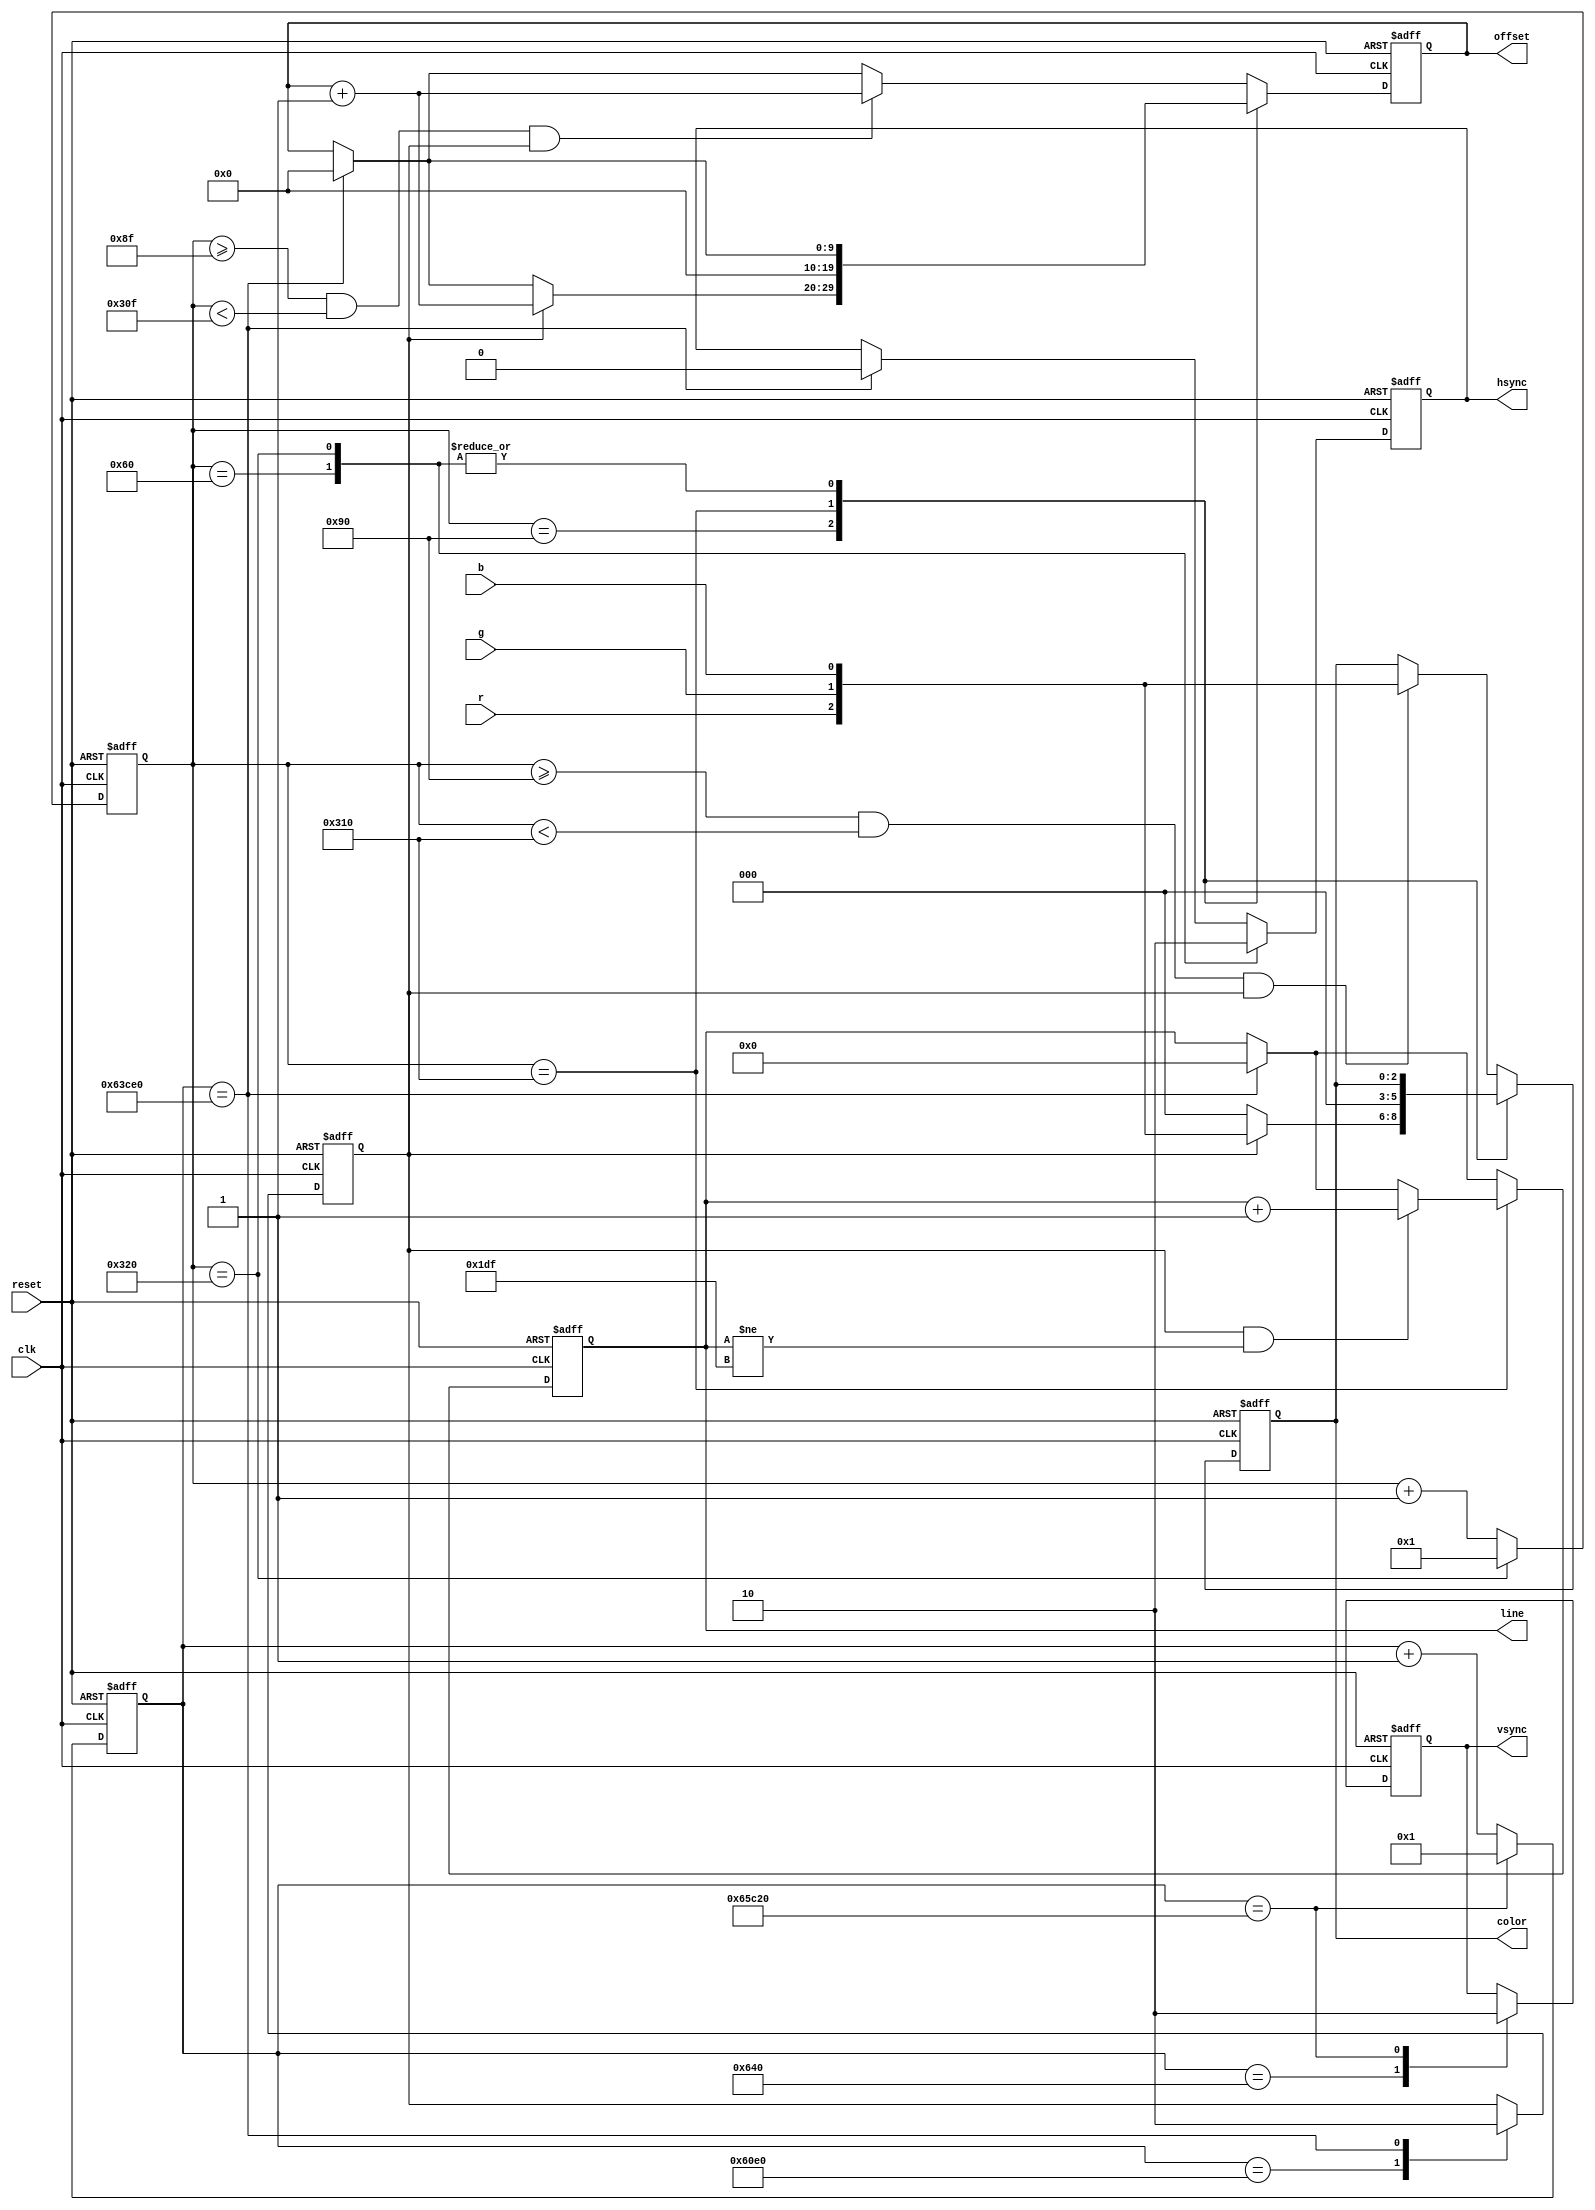
`timescale 1ns / 1ps
//////////////////////////////////////////////////////////////////////////////////
// Company: 
// Engineer: 
// 
// Design Name: 
// Module Name:    VGA_Controller 
// Project Name: 
// Target Devices: 
// Tool versions: 
// Description: 
//
// Dependencies: 
//
// Revision: 
// Revision 0.01 - File Created
// Additional Comments: 
//
//////////////////////////////////////////////////////////////////////////////////
module VGA_Controller(
	input clk,  //Expected to be 25MHz.
	input reset,
	input r,
	input g,
	input b,
	//output reg[17:0] fbAddr, //Address into frame buffer.
	output reg[8:0] line,
	output reg[9:0] offset,
	output reg[2:0] color, //{R, G, B}
	output reg hsync,
	output reg vsync
    );

//All parameters are in units of Clocks.
//HSYNC
parameter Ts = 10'd800; //Total line time
parameter Tdisp = 10'd640; //Total horizontal resolution.
parameter Tpw = 10'd96; //The time hsync stays low.
parameter Tfp = 10'd16; //Front porch
parameter Tbp = 10'd48; //Back porch
parameter Tbp_Tpw = 10'd144;
parameter Tbp_Tpw_Tdisp = 10'd784;

//VSYNC
parameter VTs = 20'd416800; //Total line time
parameter VTdisp = 20'd384000; //Total horizontal resolution.
parameter VTpw = 20'd1600; //The time hsync stays low.
parameter VTfp = 20'd8000; //Back porch
parameter VTbp = 20'd23200; //Front porch
parameter VTbp_VTpw = 20'd24800;
parameter VTbp_VTpw_VTdisp = 20'd408800;

reg[9:0] pixCount; 	// 800 (big enuf to hold Ts)
reg[19:0] totalPix; 	// 416,800 (big enough for VTs)
reg Henable;

//Divide input Clk by two to get pixel clock.

//pixCount set to zero to begin. This loop determines when Hsync is high or low.  Assum Hsync starts at 0.
//HSYNC
always@(posedge clk, posedge reset)
begin
	//VSYNC
	if(reset)
		begin
			vsync <= 0;
			hsync <= 0;
			pixCount <= 1;
			totalPix <= 1;
			Henable <= 0;
			color <= 0;
			//fbAddr <= 0;//ADDED THIS
			line <= 0;
			offset <= 0;
		end
	else
	begin	
		case(totalPix)
			VTpw:
			begin
				vsync <= 1;
				totalPix <= totalPix + 1;
			end
			VTbp_VTpw: //Time to start drawing horizontal lines.
			begin
				Henable <= 1;
				totalPix <= totalPix + 1;
			end
			VTbp_VTpw_VTdisp: //Time to stop drawing, just hit the front porch.
			begin
				Henable <= 0;
				hsync <= 0;
				totalPix <= totalPix + 1;
				//fbAddr <= 0;
				line <= 0;
				offset <= 0;
			end
			VTs: //One full Line is complete.
			begin
				vsync <= 0;
				totalPix <= 1;
			end
			default:
				totalPix <= totalPix + 1; //Keep counting
		endcase
		
		//HSYNC
		begin
			case(pixCount)
				Tpw:
				begin
					hsync <= 1;
					pixCount <= pixCount + 1;
				end
				Tbp_Tpw: //Time to start outputting colors, this is pixel 1.
				begin
					if(Henable)
					begin
						color <= {r,g,b};
						//fbAddr <= fbAddr + 1;
						offset <= offset + 1;
					end
					else
						color <= 0;
					pixCount <= pixCount + 1;
				end
				Tbp_Tpw_Tdisp: //Time to stop drawing, just hit the front porch.
				begin
					color <= 0;
					pixCount <= pixCount + 1;
					offset <= 0;
					if (Henable && line != 479)
						line <= line + 1;
				end
				Ts: //One full Line is complete.
				begin
					hsync <= 0;
					pixCount <= 1;
				end
				default:
				begin
					//When to request color from memory:
					if (pixCount >= Tbp_Tpw-1 && pixCount < Tbp_Tpw_Tdisp-1 && Henable)
						begin
							//fbAddr <= fbAddr + 1;
							offset <= offset + 1;
						end					
					//When to output color:
					if (pixCount >= Tbp_Tpw && pixCount < Tbp_Tpw_Tdisp && Henable)
						begin
							color <= {r, g, b};
						end
					pixCount <= pixCount + 1; //Keep counting
				end
			endcase
		end
		
	end
end

endmodule